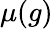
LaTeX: \mu(g)